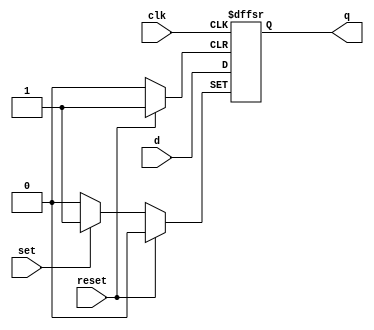
module d_flipflop (
    input wire clk,
    input wire reset,
    input wire set,
    input wire d,
    output reg q
);

always @(posedge clk or posedge reset or posedge set) begin
    if (reset) begin
        q <= 1'b0;
    end else if (set) begin
        q <= 1'b1;
    end else begin
        q <= d;
    end
end

endmodule